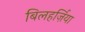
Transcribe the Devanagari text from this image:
बिलहर्ज़िया